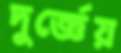
দুর্জ্ঞেয়